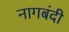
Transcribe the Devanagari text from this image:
नागबंदी